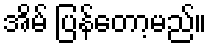
အိမ် ပြန်တော့မည်။